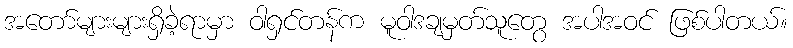
အတော်များများရှိခဲ့ရာမှာ ဝါရှင်တန်က မူဝါဒချမှတ်သူတွေ အပါအဝင် ဖြစ်ပါတယ်။